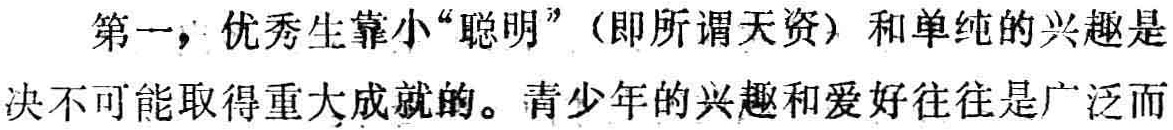
第一，优秀生靠小“聪明”（即所谓天资）和单纯的兴趣是决不可能取得重大成就的。青少年的兴趣和爱好往往是广泛而